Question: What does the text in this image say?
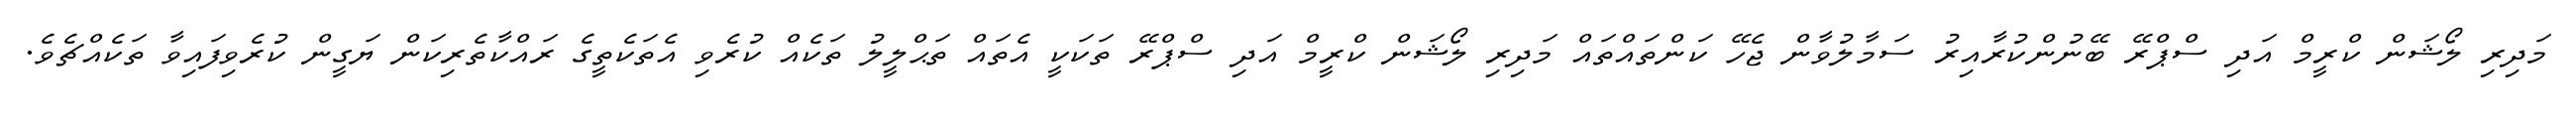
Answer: މަދިރި ލޯޝަން ކްރީމް އަދި ސްޕްރޭ ބޭނުންކުރާއިރު ސަމާލުވާން ޖެހޭ ކަންތައްތައް މަދިރި ލޯޝަން ކްރީމް އަދި ސްޕްރޭ ތަކަކީ އެތައް ތަޙްލީލު ތަކެއް ކުރެވި އެތަކެތީގެ ރައްކާތެރިކަން ޔަގީން ކުރެވިފައިވާ ތަކެއްޗެވެ.